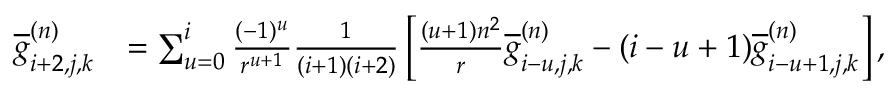
\begin{array} { r l } { \overline { { g } } _ { i + 2 , j , k } ^ { ( n ) } } & { = \sum _ { u = 0 } ^ { i } \frac { ( - 1 ) ^ { u } } { r ^ { u + 1 } } \frac { 1 } { ( i + 1 ) ( i + 2 ) } \left[ \frac { ( u + 1 ) n ^ { 2 } } { r } \overline { { g } } _ { i - u , j , k } ^ { ( n ) } - ( i - u + 1 ) \overline { { g } } _ { i - u + 1 , j , k } ^ { ( n ) } \right] , } \end{array}